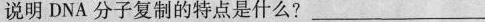
说明DNA分子复制的特点是什么?_____